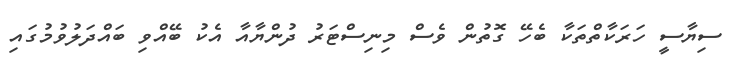
ސިޔާސީ ހަރަކާތްތަކާ ބެހޭ ގޮތުން ވެސް މިނިސްޓަރު ދުންޔާއާ އެކު ބޭއްވި ބައްދަލުވުމުގައި